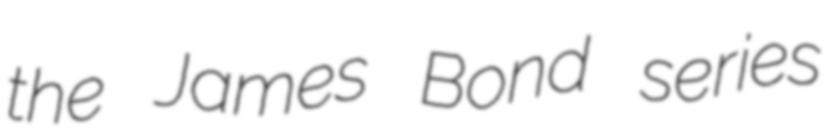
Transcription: the James Bond series